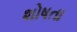
શોષતા